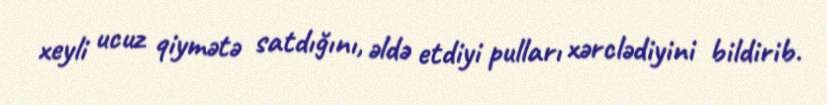
xeyli ucuz qiymətə satdığını, əldə etdiyi pulları xərclədiyini bildirib.